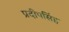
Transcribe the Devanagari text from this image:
प्रदीपसिंह